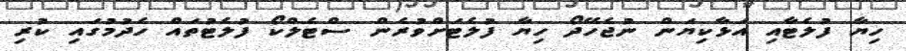
ހިޔާ ފުލެޓާއި އަޅާކިޔަން ނުޖެހޭދޯ ހިޔާ ފުލެޓަށްވުރެން ސްޓެލްކޯ ފުލެޓުތައް ހެދުމުގައި ކުރި